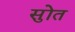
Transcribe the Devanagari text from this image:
सुोत